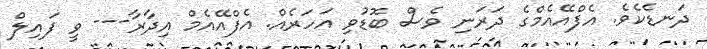
ދަނޑެކެވެ. އެފްއޭއެމްގެ ދަރަނި ވެސް ބޮޑުވި އަހަރެއް. އެފްއޭއެމް އިދާރާ--- ވީ ފައިލް